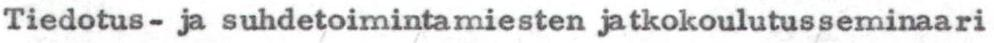
Tiedotus- ja suhdetoimintamiesten jatkokoulutusseminaari